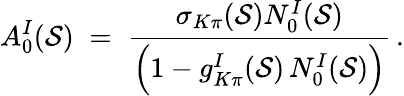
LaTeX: A_{0}^{I}(\mathcal{S})\; =\; \frac{{\sigma_{K\pi}(\mathcal{S})N_{0}^{I}(\mathcal{S})}}{{\Big(1-g_{K\pi}^{I}(\mathcal{S})\, N_{0}^{I}(\mathcal{S})\Big)}}\, .